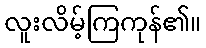
လူးလိမ့်ကြကုန်၏။